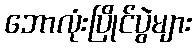
ဘောလုံးပြိုင်ပွဲများ